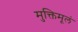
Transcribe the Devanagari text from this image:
मुक्तिमूलं